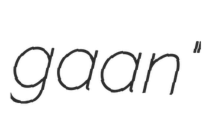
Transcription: gaan"